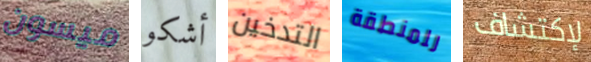
ميسون أشكو التدخين للمنطقة لإكتشاف